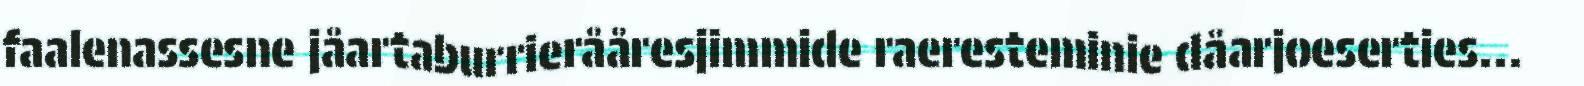
faalenassesne jåartaburrierååresjimmide raeresteminie dåarjoeserties...